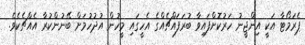
ޕެރަމޯޓާ އަކީ އިންޖީނު ހަރުކޮށްފައިވާ ބުރަފައްޗެއްގެ އެހީގައި މީހުން އުދުހުމަށް ބޭނުންކުރާ އެއްޗެކެވެ.